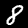
Digit: 8